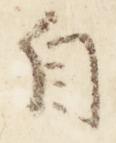
自